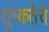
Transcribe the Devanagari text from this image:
शुष्कतेचे